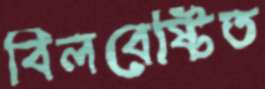
বিলবেষ্টিত